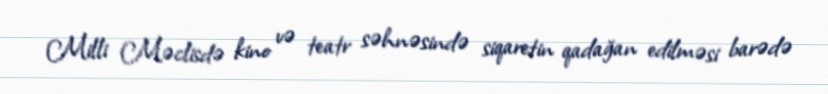
Milli Məclisdə kino və teatr səhnəsində siqaretin qadağan edilməsi barədə